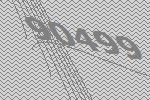
90499